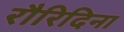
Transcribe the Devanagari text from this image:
रौरिदिना